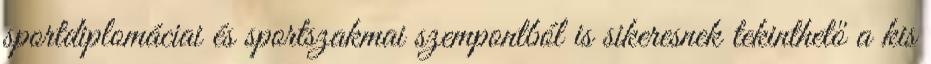
sportdiplomáciai és sportszakmai szempontból is sikeresnek tekinthető a kis